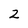
Character: 2